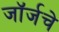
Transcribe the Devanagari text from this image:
जॉर्जचे